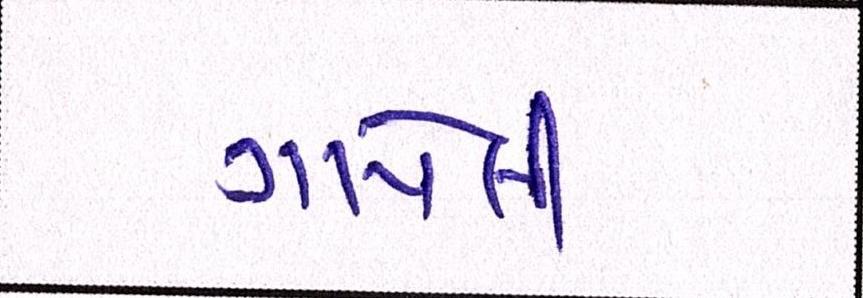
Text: ગાયેલી